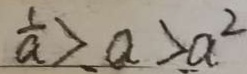
\frac { 1 } { a } > . a > . a ^ { 2 }